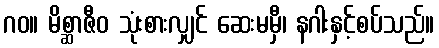
ဂဝ။ မိစ္ဆာဇီဝ သုံးစားလျှင် ဆေးမမှီ၊ နဂါးနှင့်စပ်သည်။